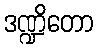
ဒဏ္ဍိတော